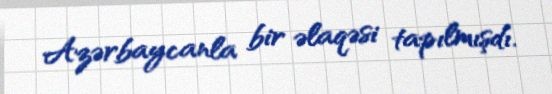
Azərbaycanla bir əlaqəsi tapılmışdı.